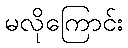
မလိုကြောင်း